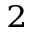
_ 2